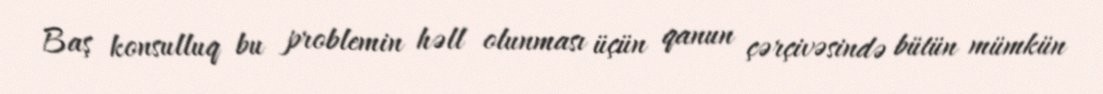
Baş konsulluq bu problemin həll olunması üçün qanun çərçivəsində bütün mümkün